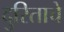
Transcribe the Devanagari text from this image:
दुरिताचे